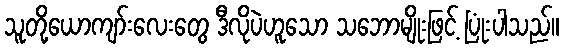
သူတို့ယောကျာ်းလေးတွေ ဒီလိုပဲဟူသော သဘောမျိုးဖြင့် ပြုံးပါသည်။